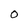
Character: 0